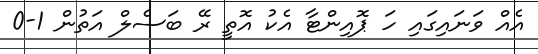
އެއް ވަނައިގައި ހަ ޕޮއިންޓާ އެކު އޮތީ ރޭ ބަސެލް އަތުން 1-0